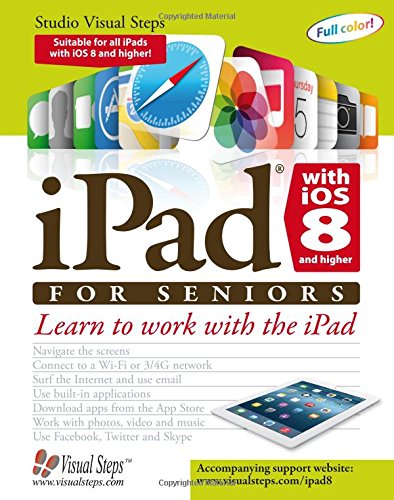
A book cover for iPad with iOS 8 and higher for Seniors: Learn to Work with the iPad (Computer Books for Seniors series); Studio Visual Steps; Computers & Technology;